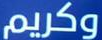
وكريم